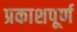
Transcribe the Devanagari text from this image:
प्रकाशपूर्ण